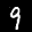
Label: 9